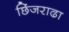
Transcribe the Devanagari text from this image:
छिंजराढा